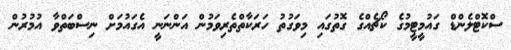
ސްކޮޓްލެންޑް ގައުމީޓީމުގެ ކޯޗެއްގެ ގޮތުގައި މިވަގުތު ހަރަކާތްތެރިވަމުން އަންނަނީ އެގައުމަށް ނިސްބަތްވާ އުމުރުން